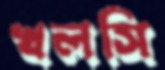
খলসি